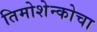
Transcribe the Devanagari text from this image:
तिमोशेन्कोचा